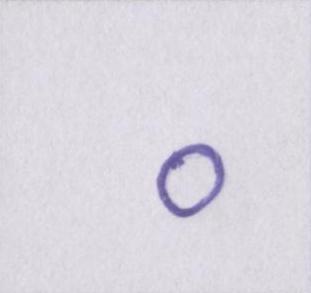
०